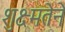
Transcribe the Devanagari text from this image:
शुक्ष्मतेने